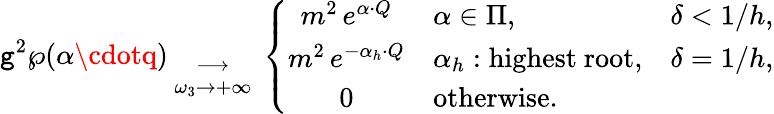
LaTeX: \mathtt{g}^{2}\wp(\alpha\cdotq){{}\atop{\longrightarrow\atop{\omega_{3}\to+\infty}}}\left\{ \begin{array}{cll}{{m^{2}\, e^{\alpha\cdot Q}}}&{{\alpha\in\Pi,}}&{{\delta<1/h,}}\\ {{m^{2}\, e^{-\alpha_{h}\cdot Q}}}&{{\alpha_{h}:\mathrm{highest~root},}}&{{\delta=1/h,}}\\ {{0}}&{{\mathrm{otherwise.}}}&{{}}\end{array}\right.